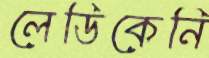
লেডিকেনি